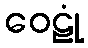
ဝေဠုံ